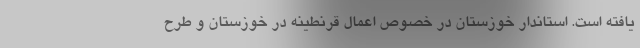
یافته است. استاندار خوزستان در خصوص اعمال قرنطینه در خوزستان و طرح